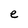
Character: e